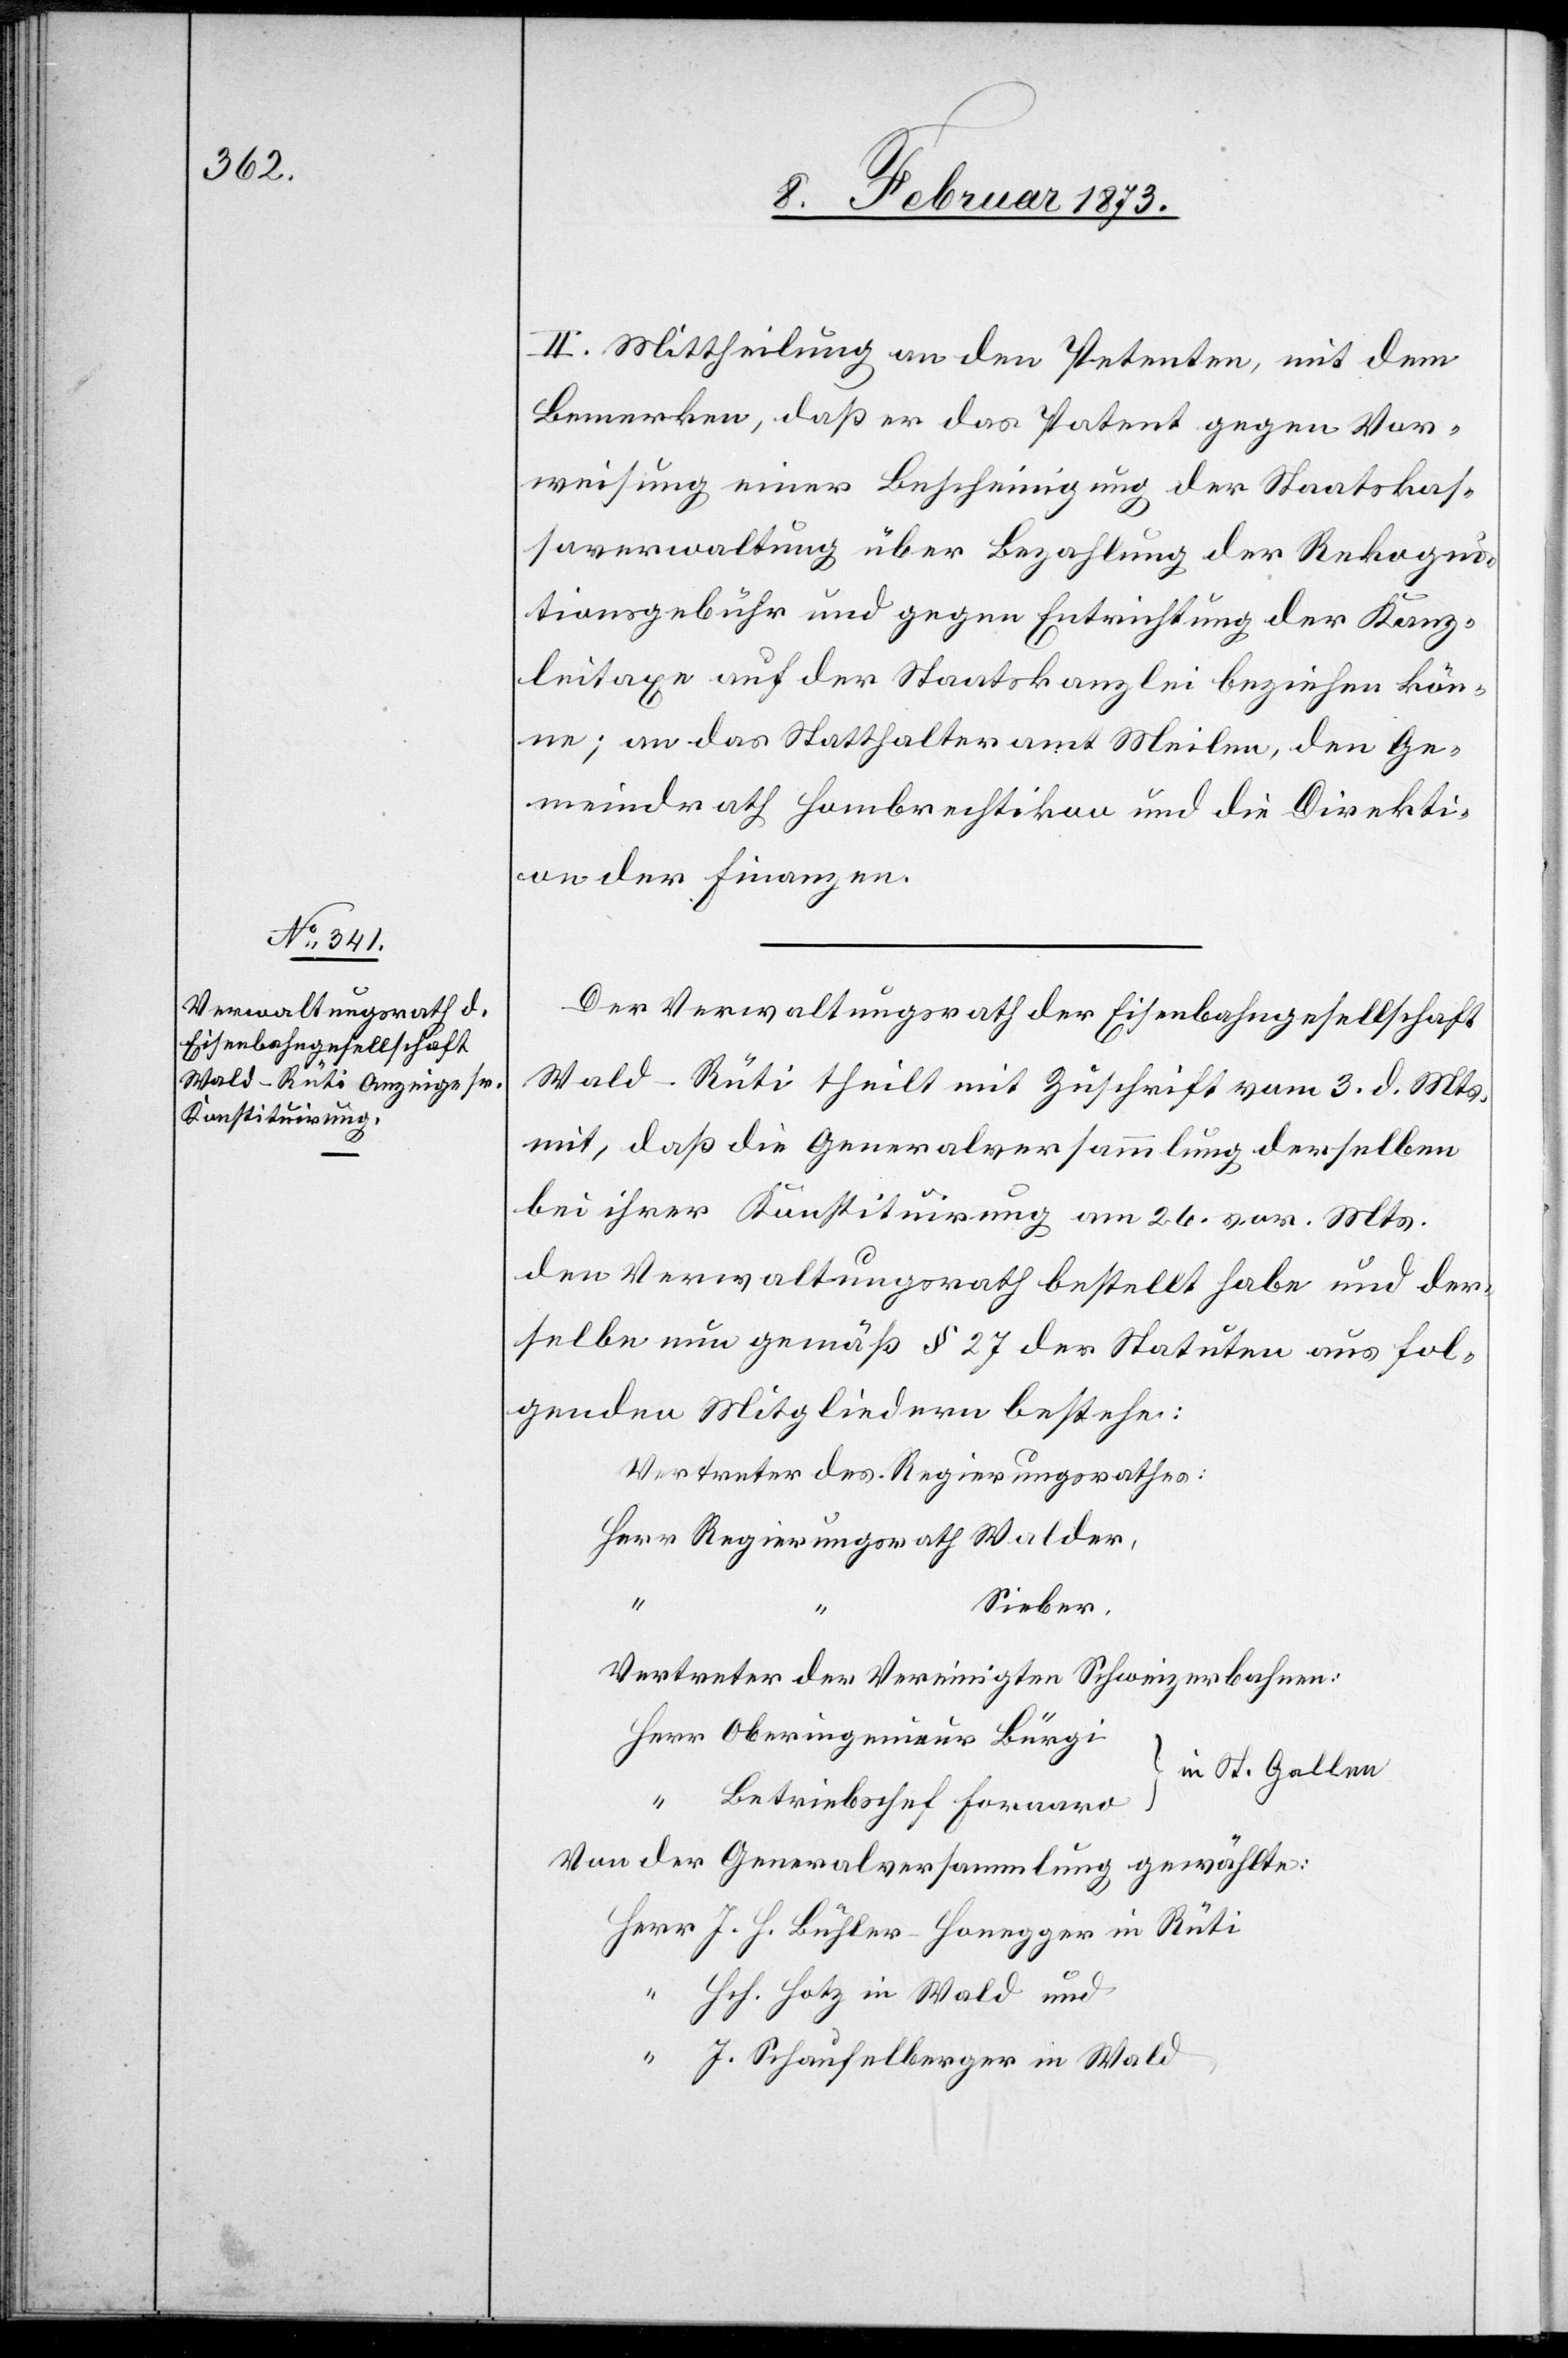
II. Mittheilung an den Petenten, mit dem
Bemerken, daß er das Patent gegen Vor¬
weisung einer Bescheinigung der Staatskas¬
saverwaltung über Bezahlung der Rekogni¬
tionsgebühr und gegen Entrichtung der Kanz¬
leitaxe auf der Staatskanzlei beziehen kön¬
ne; an das Statthalteramt Meilen, den Ge¬
meindrath Hombrechtikon und die Direkti¬
on der Finanzen.
Der Verwaltungsrath der Eisenbahngesellschaft
Wald–Rüti theilt mit Zuschrift vom 3. d. Mts.
mit, daß die Generalversammlung derselben
bei ihrer Konstituirung am 26. vor. Mts.
den Verwaltungsrath bestellt habe und der¬
selbe nun gemäß § 27 der Statuten aus fol¬
genden Mitgliedern bestehe:
Vertreter des Regierungsrathes:
Herr Regierungsrath Walder,
Sieber.
Vertreter der Vereinigten Schweizerbahnen:
Herr Oberingenieur Bürgi
[in St. Gallen]
“ Betriebschef Foraaro
Von der Generalversammlung gewählte:
Herr J. J. Bühler-Honegger in Rüti
“ Hch. Hotz in Wald und
“ J. Schaufelberger in Wald